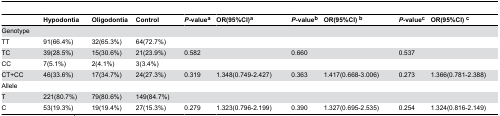
<table><thead><tr><td></td><td><b>Hypodontia</b></td><td><b>Oligodontia</b></td><td><b>Control</b></td><td><b><i>P</i>-value<sup>a</sup></b></td><td><b>OR(95%CI)<sup>a</sup></b></td><td><b><i>P</i>-value<sup>b</sup></b></td><td><b>OR(95%CI) <sup>b</sup></b></td><td><b><i>P</i>-value<sup>c</sup></b></td><td><b>OR(95%CI) <sup>c</sup></b></td></tr></thead><tbody><tr><td>Genotype</td><td></td><td></td><td></td><td></td><td></td><td></td><td></td><td></td><td></td></tr><tr><td>TT</td><td>91(66.4%)</td><td>32(65.3%)</td><td>64(72.7%)</td><td></td><td></td><td></td><td></td><td></td><td></td></tr><tr><td>TC</td><td>39(28.5%)</td><td>15(30.6%)</td><td>21(23.9%)</td><td>0.582</td><td></td><td>0.660</td><td></td><td>0.537</td><td></td></tr><tr><td>CC</td><td>7(5.1%)</td><td>2(4.1%)</td><td>3(3.4%)</td><td></td><td></td><td></td><td></td><td></td><td></td></tr><tr><td>CT+CC</td><td>46(33.6%)</td><td>17(34.7%)</td><td>24(27.3%)</td><td>0.319</td><td>1.348(0.749-2.427)</td><td>0.363</td><td>1.417(0.668-3.006)</td><td>0.273</td><td>1.366(0.781-2.388)</td></tr><tr><td>Allele</td><td></td><td></td><td></td><td></td><td></td><td></td><td></td><td></td><td></td></tr><tr><td>T</td><td>221(80.7%)</td><td>79(80.6%)</td><td>149(84.7%)</td><td></td><td></td><td></td><td></td><td></td><td></td></tr><tr><td>C</td><td>53(19.3%)</td><td>19(19.4%)</td><td>27(15.3%)</td><td>0.279</td><td>1.323(0.796-2.199)</td><td>0.390</td><td>1.327(0.695-2.535)</td><td>0.254</td><td>1.324(0.816-2.149)</td></tr></tbody></table>